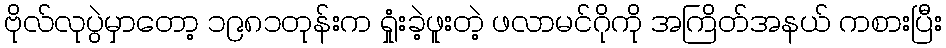
ဗိုလ်လုပွဲမှာတော့ ၁၉၈၁တုန်းက ရှုံးခဲ့ဖူးတဲ့ ဖလာမင်ဂိုကို အကြိတ်အနယ် ကစားပြီး